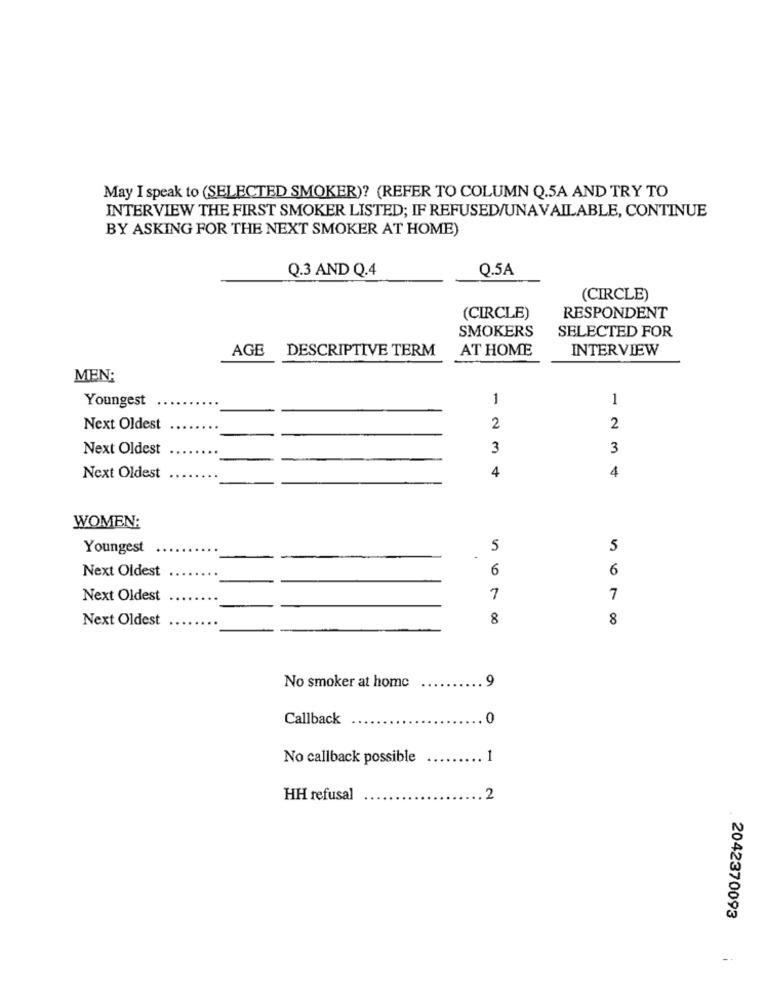
May I speak to (SELECTED SMOKER)? (REFER TO COLUMN Q.5A AND TRY TO
INTERVIEW THE FIRST SMOKER LISTED; IF REFUSED/UNAVAILABLE, CONTINUE
BY ASKING FOR THE NEXT SMOKER AT HOME)
Q.3 AND Q.4
Q.5A
(CIRCLE)
(CIRCLE)
RESPONDENT
SMOKERS
SELECTED FOR
AGE
DESCRIPTIVE TERM
AT HOME
INTERVIEW
MEN:
Youngest
1
1
Next Oldest
2
2
Next Oldest
3
3
4
Next Oldest
4
WOMEN:
Youngest
5
5
Next Oldest
6
6
Next Oldest
7
7
Next Oldest
8
8
No smoker at home
9
Callback
0
No callback possible
1
HH refusal
2
2042370093